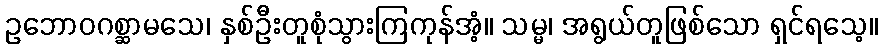
ဥဘောဝဂစ္ဆာမသေ၊ နှစ်ဦးတူစုံသွားကြကုန်အံ့။ သမ္မ၊ အရွယ်တူဖြစ်သော ရှင်ရသေ့။